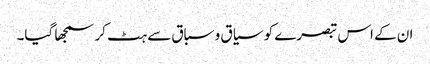
ان کے اس تبصرے کو سیاق و سباق سے ہٹ کر سمجھا گیا۔